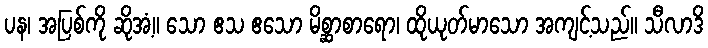
ပန၊ အပြစ်ကို ဆိုအံ့။ သော ဧသ ဧသော မိစ္ဆာစာရော၊ ထိုယုတ်မာသော အကျင့်သည်။ သီလာဒိ